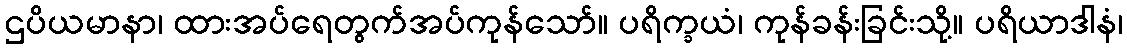
ဌပိယမာနာ၊ ထားအပ်ရေတွက်အပ်ကုန်သော်။ ပရိက္ခယံ၊ ကုန်ခန်းခြင်းသို့။ ပရိယာဒါနံ၊